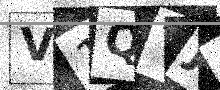
Text: V1QTJ3